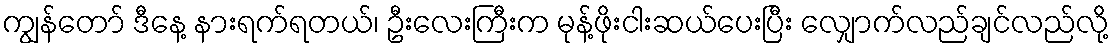
ကျွန်တော် ဒီနေ့ နားရက်ရတယ်၊ ဦးလေးကြီးက မုန့်ဖိုးငါးဆယ်ပေးပြီး လျှောက်လည်ချင်လည်လို့